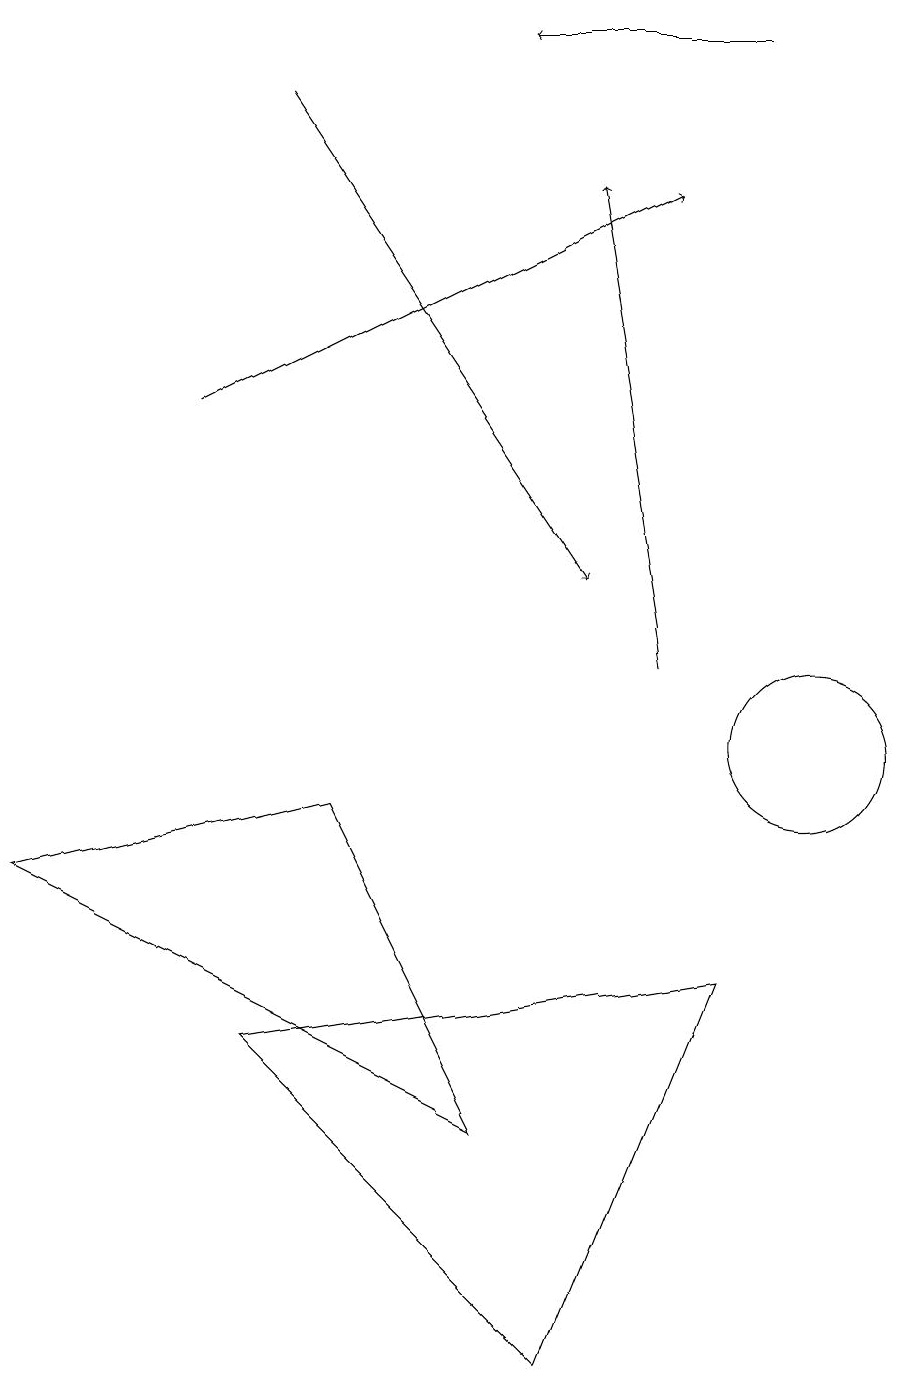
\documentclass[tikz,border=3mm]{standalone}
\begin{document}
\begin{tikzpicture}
\draw[->] (2,14) -- (8,17);
\draw[->] (3,18) -- (7,12);
\draw[->] (8,11) -- (7,17);
\draw[->] (9,19) -- (6,19);
\draw (3,6) -- (7,2) -- (9,7) -- cycle;
\draw (4,9) -- (6,5) -- (0,8) -- cycle;
\draw (10,10) circle (1);
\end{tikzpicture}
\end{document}